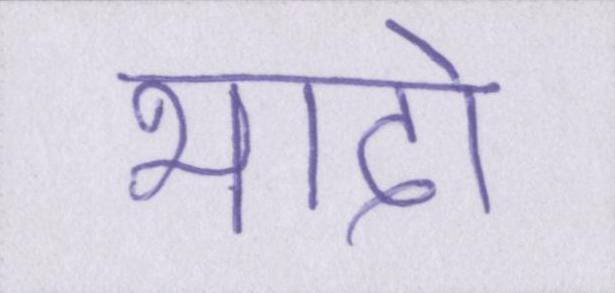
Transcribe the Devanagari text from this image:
भादो